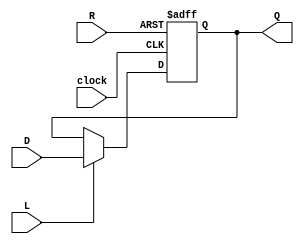
module reg64(Q, D, L, R, clock);

output reg [63:0]Q; // registered output

input [63:0]D; // data input

input L; // load enable

input R; // positive logic asynchronous reset

input clock;

always @(posedge clock or posedge R) begin

if(R)

Q <= 0;

else if(L)

Q <= D;

else

Q <= Q;

end

endmodule